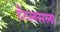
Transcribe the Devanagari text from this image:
टँटलसला